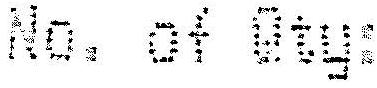
NO. OF QTY: